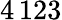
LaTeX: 4\, 123